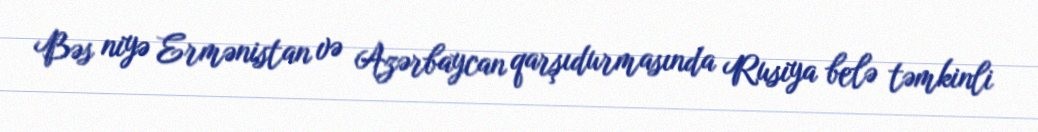
Bəs niyə Ermənistan və Azərbaycan qarşıdurmasında Rusiya belə təmkinli